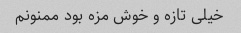
خیلی تازه و خوش مزه بود ممنونم